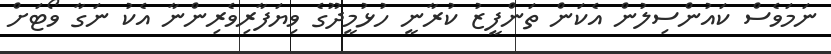
ނަމަވެސް ކައުންސިލުން އެކަން ތަންފީޒު ކުރާނީ ހުޅުމީދޫގެ ވިޔަފާރިވެރިންނާ އެކު ނަގާ ވޯޓަށް